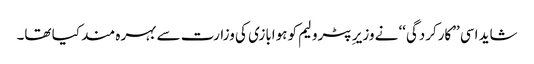
شاید اسی ’’کارکردگی‘‘ نے وزیر ِپٹرولیم کو ہوابازی کی وزارت سے بہرہ مند کیا تھا۔